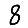
Digit: 8